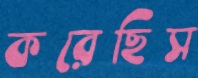
করেছিস